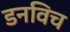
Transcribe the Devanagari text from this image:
डनविच